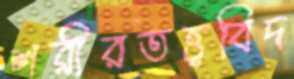
শরীরতত্ত্ববিদ